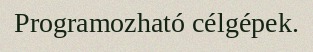
Programozható célgépek.